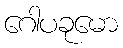
ဂေါပခုမော